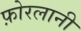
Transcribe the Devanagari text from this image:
फ़ोरलानी